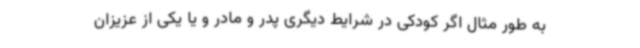
به طور مثال اگر کودکی در شرایط دیگری پدر و مادر و یا یکی از عزیزان